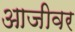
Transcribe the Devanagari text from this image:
आजीवर